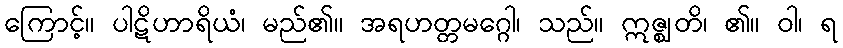
ကြောင့်။ ပါဋိဟာရိယံ၊ မည်၏။ အရဟတ္တမဂ္ဂေါ၊ သည်။ ဣဇ္ဈတိ၊ ၏။ ဝါ၊ ရ